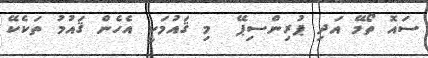
ސައޮ ތޯމޭ އަދި ޕުރިންސިޕޭ  މި ޤައުމަކީ އެހެން ޤައުމު ތަކެކޭ